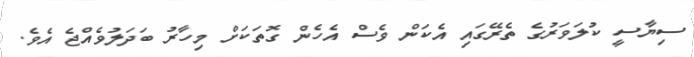
ސިޔާސީ ކުލަވަރުގެ ތެރޭގައި އެކަން ވެސް އެހެން ގޮތަކަށް މިހާރު ބަދަލުވެއްޖެ އެވެ.